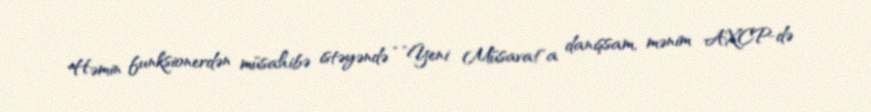
Həmin funksionerdən müsahibə istəyəndə “”Yeni Müsavat"a danışsam, mənim AXCP-də